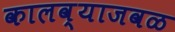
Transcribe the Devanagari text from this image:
कालव्याजवळ